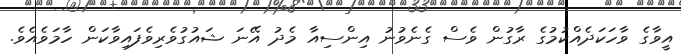
އީވާގެ ވާހަކަދެއްކުމުގެ ރާގުން ވެސް ގެނެވުނު އިންސިއާ މެދު އޭނަ ޝައުގުވެރިވެފައިވާކަން ހާމަވެއެވެ.